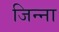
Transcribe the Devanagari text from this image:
जिन्‍ना